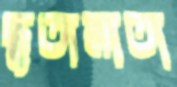
ছুতানাতা